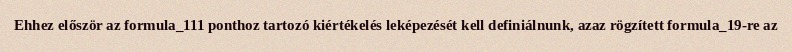
Ehhez először az formula_111 ponthoz tartozó kiértékelés leképezését kell definiálnunk, azaz rögzített formula_19-re az